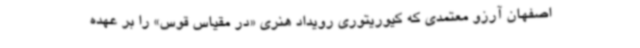
اصفهان آرزو معتمدی که کیوریتوری رویداد هنری «در مقیاس قوس» را بر عهده